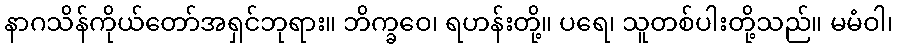
နာဂသိန်ကိုယ်တော်အရှင်ဘုရား။ ဘိက္ခဝေ၊ ရဟန်းတို့။ ပရေ၊ သူတစ်ပါးတို့သည်။ မမံဝါ၊